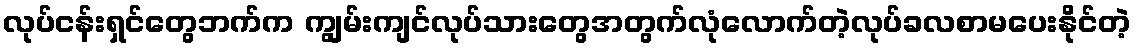
လုပ်ငန်းရှင်တွေဘက်က ကျွမ်းကျင်လုပ်သားတွေအတွက်လုံလောက်တဲ့လုပ်ခလစာမပေးနိုင်တဲ့